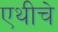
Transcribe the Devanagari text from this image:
एथीचे